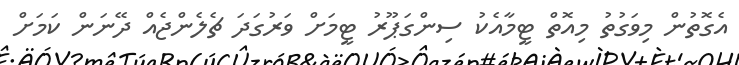
އެގޮތުން މިވަގުތު މިއޮތް ޓީމާއެކު ސިންގަޕޫރު ޓީމަށް ވަރުގަދަ ޗެލެންޖެއް ދޭނަން ކަމަށް